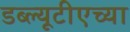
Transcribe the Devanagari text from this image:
डब्ल्यूटीएच्या